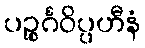
ပဉ္စင်္ဂဝိပ္ပဟီနံ